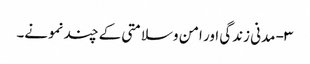
۳- مدنی زندگی اور امن وسلامتی کے چند نمونے۔